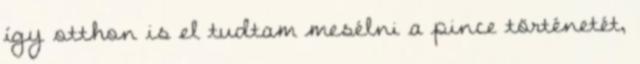
így otthon is el tudtam mesélni a pince történetét,